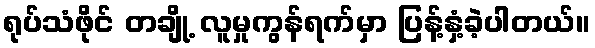
ရုပ်သံဖိုင် တချို့ လူမှုကွန်ရက်မှာ ပြန့်နှံ့ခဲ့ပါတယ်။